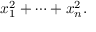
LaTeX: x _ { 1 } ^ { 2 } + \cdots + x _ { n } ^ { 2 } .